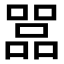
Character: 𠾅